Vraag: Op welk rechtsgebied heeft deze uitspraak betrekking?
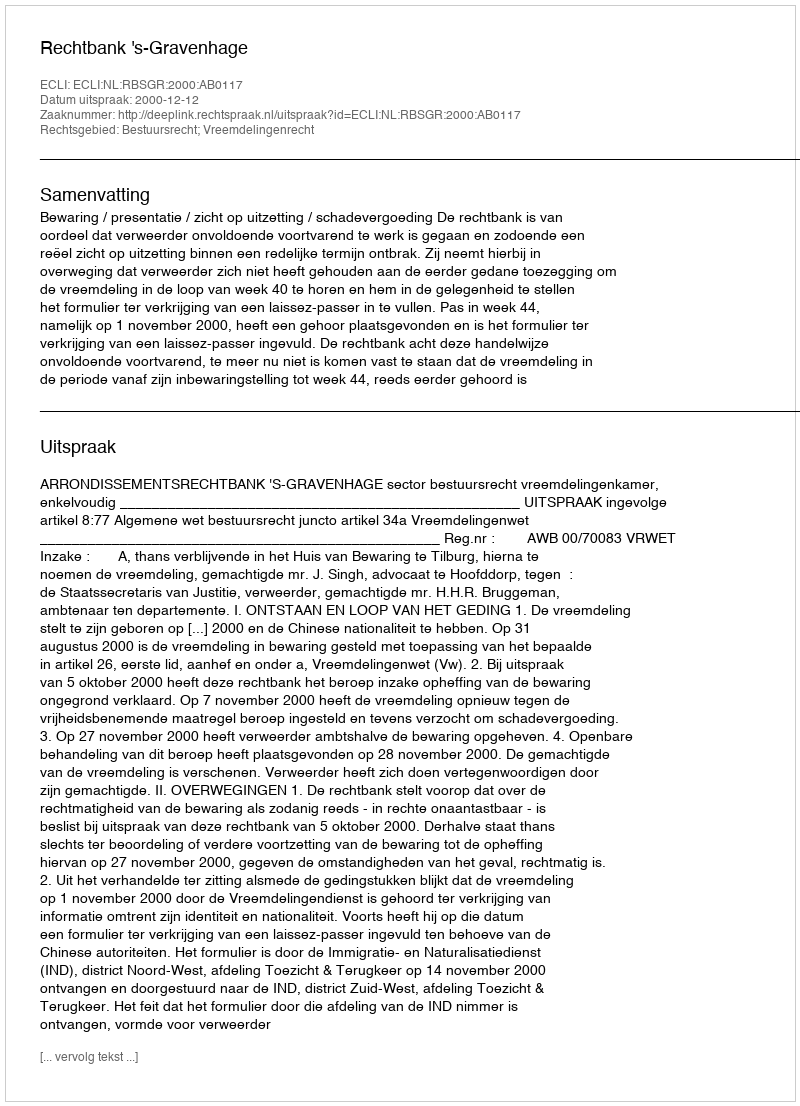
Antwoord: Bestuursrecht; Vreemdelingenrecht